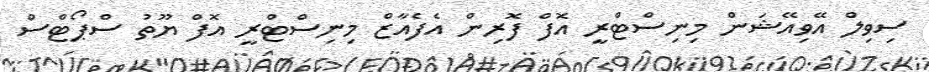
ސިވިލް އޭވިއޭޝަން މިނިސްޓްރީ އޮފް ފޮރިން އެފެއާޒް މިނިސްޓްރީ އޮފް ޔޫތު ސްޕޯޓްސް